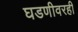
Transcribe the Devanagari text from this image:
घडणीवरही